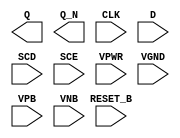
module sky130_fd_sc_hdll__sdfrbp (
    Q      ,
    Q_N    ,
    CLK    ,
    D      ,
    SCD    ,
    SCE    ,
    RESET_B,
    VPWR   ,
    VGND   ,
    VPB    ,
    VNB
);

    output Q      ;
    output Q_N    ;
    input  CLK    ;
    input  D      ;
    input  SCD    ;
    input  SCE    ;
    input  RESET_B;
    input  VPWR   ;
    input  VGND   ;
    input  VPB    ;
    input  VNB    ;
endmodule